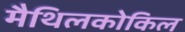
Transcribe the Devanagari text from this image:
मैथिलकोकिल